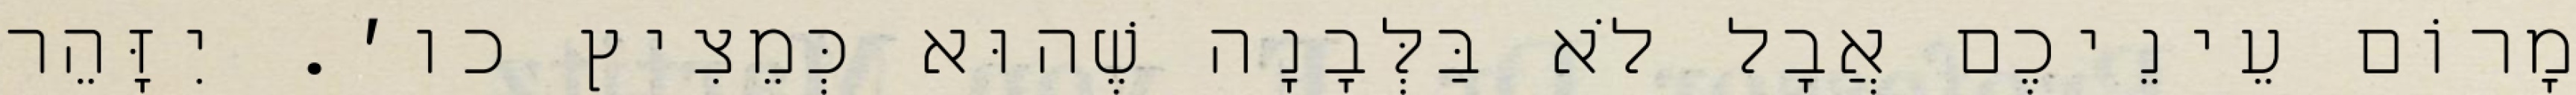
מָרוֹם עֵינֵיכֶם אֲבָל לֹא בַּלְּבָנָה שֶׁהוּא כְּמֵצִיץ כו׳. יִזָּהֵר